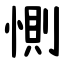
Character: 惻